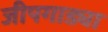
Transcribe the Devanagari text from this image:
जीपगाड्या